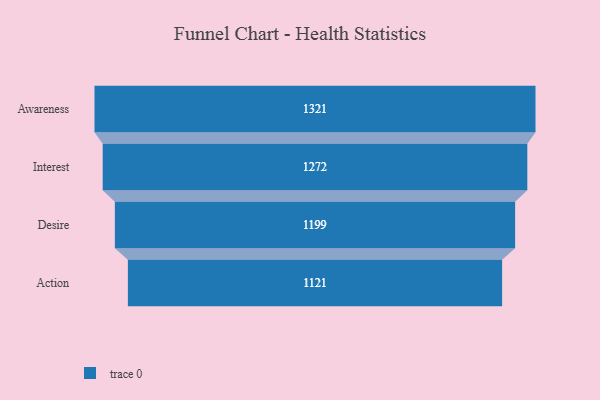
{"axis": {"x": "Stage", "y": "Value"}, "legend": [""], "data": [{"x": "Awareness", "y": 1321.0, "type": ""}, {"x": "Interest", "y": 1272.0, "type": ""}, {"x": "Desire", "y": 1199.0, "type": ""}, {"x": "Action", "y": 1121.0, "type": ""}]}